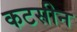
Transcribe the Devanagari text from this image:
कटसीन